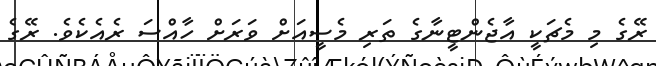
ރޭގެ މި މެޗަކީ އާޖެންޓީނާގެ ތަރި މެސީއަށް ވަރަށް ހާއްސަ ރެއެކެވެ. ރޭގެ